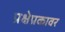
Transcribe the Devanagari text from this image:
प्रक्षेप्रकावर